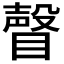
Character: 𥊧